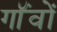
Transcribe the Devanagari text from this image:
गॉंवों